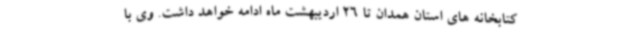
کتابخانه های استان همدان تا 26 اردیبهشت ماه ادامه خواهد داشت. وی با